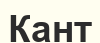
Кант